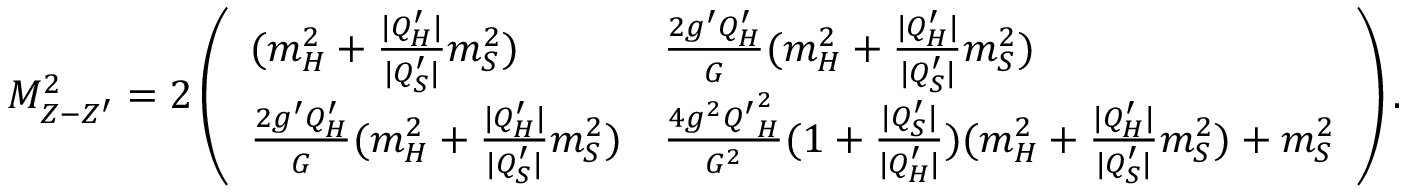
M _ { Z - Z ^ { \prime } } ^ { 2 } = 2 \left( \begin{array} { l l } { { ( m _ { H } ^ { 2 } + { \frac { | Q _ { H } ^ { \prime } | } { | Q _ { S } ^ { \prime } | } } m _ { S } ^ { 2 } ) } } & { { { \frac { 2 g ^ { \prime } Q _ { H } ^ { \prime } } { G } } ( m _ { H } ^ { 2 } + { \frac { | Q _ { H } ^ { \prime } | } { | Q _ { S } ^ { \prime } | } } m _ { S } ^ { 2 } ) } } \\ { { { \frac { 2 g ^ { \prime } Q _ { H } ^ { \prime } } { G } } ( m _ { H } ^ { 2 } + { \frac { | Q _ { H } ^ { \prime } | } { | Q _ { S } ^ { \prime } | } } m _ { S } ^ { 2 } ) } } & { { { \frac { 4 g ^ { 2 } { Q ^ { \prime } } _ { H } ^ { 2 } } { G ^ { 2 } } } ( 1 + { \frac { | Q _ { S } ^ { \prime } | } { | Q _ { H } ^ { \prime } | } } ) ( m _ { H } ^ { 2 } + { \frac { | Q _ { H } ^ { \prime } | } { | Q _ { S } ^ { \prime } | } } m _ { S } ^ { 2 } ) + m _ { S } ^ { 2 } } } \end{array} \right) .